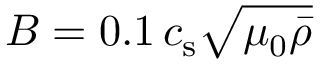
B = 0 . 1 \, c _ { \mathrm { s } } \sqrt { \mu _ { 0 } \bar { \rho } }